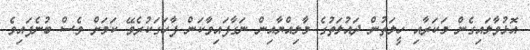
އޮޅުވާލައިގެން މަކަރާއި ހީލަތުން ދައުލަތުގެ މާލިއްޔާއިން ނަގާފައިވާކަން ފާހަގަކުރެވޭ ކަމަށް ވެސް ބުނެފައިވެ